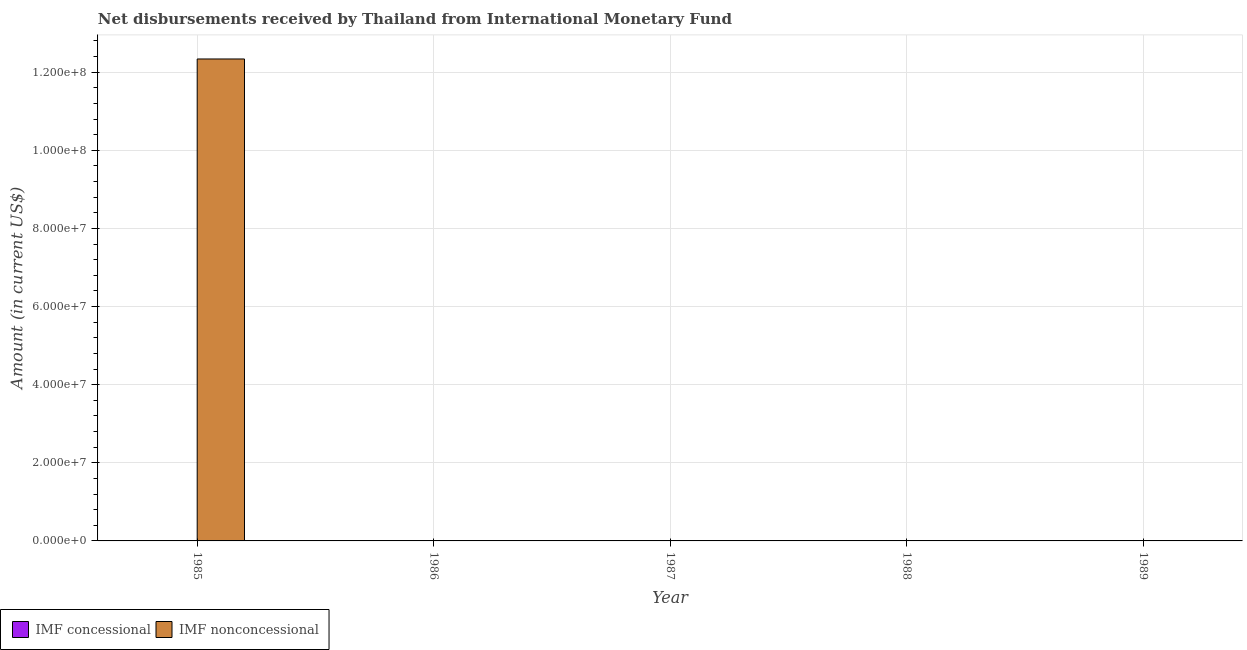
| Year | IMF concessional | IMF nonconcessional |
 | --- | --- | --- |
 | 1985 | -2.24e+07 | 1.23e+08 |
 | 1986 | -3.06e+07 | -1.42e+08 |
 | 1987 | -3.44e+07 | -2.13e+08 |
 | 1988 | -2.98e+07 | -2.3e+08 |
 | 1989 | -1.7e+07 | -3.48e+08 |